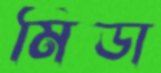
মিডা